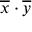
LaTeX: { \overline { { x } } } \cdot { \overline { { y } } }